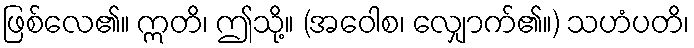
ဖြစ်လေ၏။ ဣတိ၊ ဤသို့။ (အဝေါစ၊ လျှောက်၏။) သဟံပတိ၊